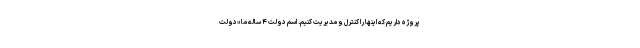
پروژه داریم که اینها را کنترل و مدیریت کنیم. اسم دولت ۴ ساله ما «دولت